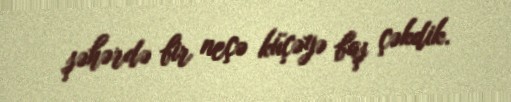
şəhərdə bir neçə küçəyə baş çəkdik.